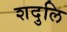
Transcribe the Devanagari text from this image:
शदुलि